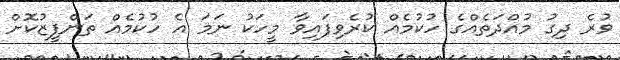
ވުރެ ދިގު މުއްދަތެއްގެ ހުކުމެއް ކުރެވިފައިވާ މީހަކު ނަމަ އެ ހުކުމެއް ތަންފީޒުކޮށް